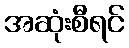
အဆုံးစီရင်